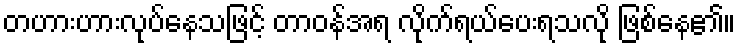
တဟားဟားလုပ်နေသဖြင့် တာဝန်အရ လိုက်ရယ်ပေးရသလို ဖြစ်နေ၏။